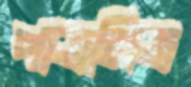
পাত্রমিত্র